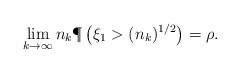
\begin{align*} \lim_{k \to \infty} n_k \P\left(\xi_1 > (n_k)^{1/2}\right) = \rho.\end{align*}